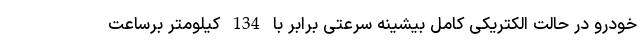
خودرو در حالت الکتریکی کامل بیشینه سرعتی برابر با 134 کیلومتر برساعت